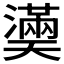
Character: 𤂀